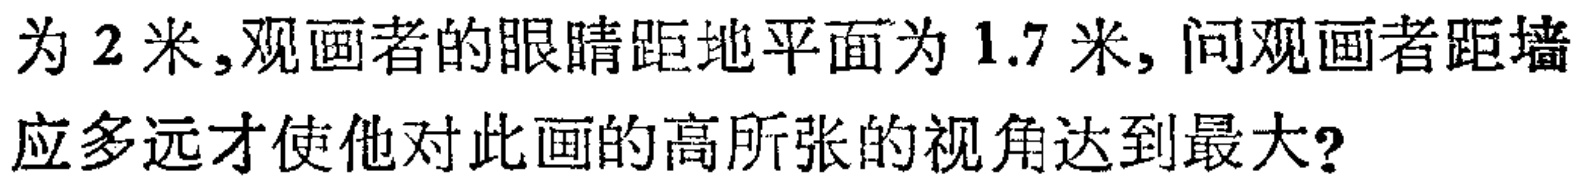
为$2$米,观画者的眼睛距地平面为$1.7$米, 问观画者距墙应多远才使他对此画的高所张的视角达到最大?